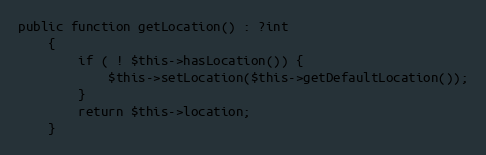
Language: PHP
public function getLocation() : ?int
    {
        if ( ! $this->hasLocation()) {
            $this->setLocation($this->getDefaultLocation());
        }
        return $this->location;
    }